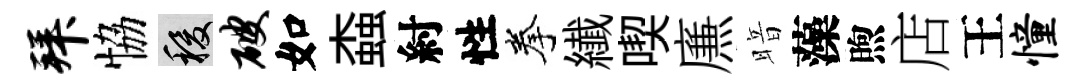
拜恊稷破如螙紂性拳纎喫㢘暗藻煦店王憧